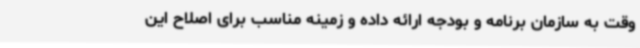
وقت به سازمان برنامه و بودجه ارائه داده و زمینه مناسب برای اصلاح این